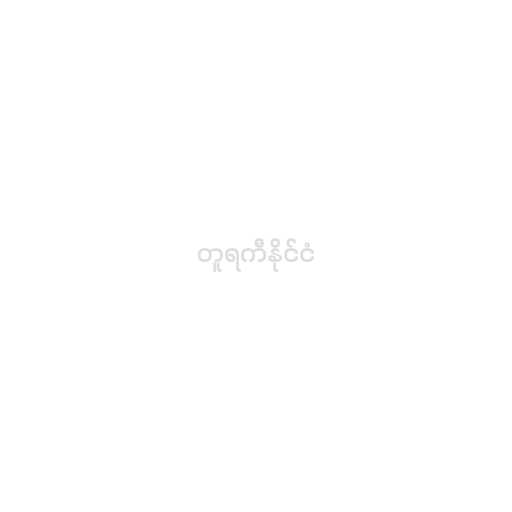
တူရကီနိုင်ငံ